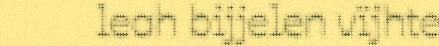
leah bijjelen vïjhte